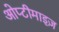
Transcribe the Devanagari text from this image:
ओप्टीमाइज़